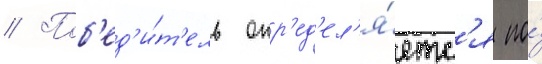
// Поб'ед'и́т'ель опр'ед'ел'я́етс'я по́